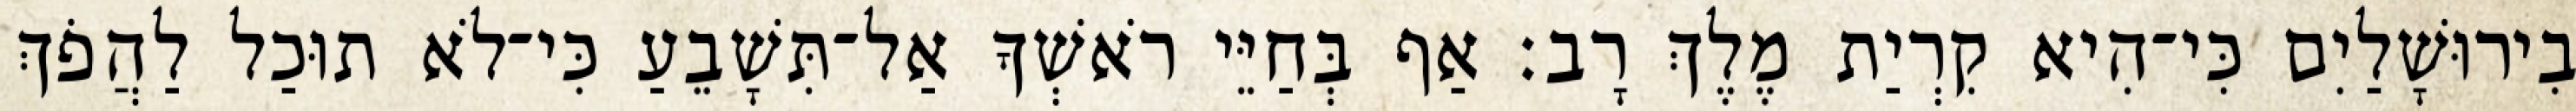
בִירוּשָׁלַיִם כִּי־הִיא קִרְיַת מֶלֶךְ רָב׃ אַף בְּחַיֵּי רֹאשְׁךָ אַל־תִּשָׁבֵעַ כִּי־לֹא תוּכַל לַהֲפֹךְ